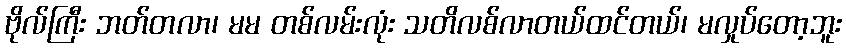
ဗိုလ်ကြီး ဘတ်တလာ၊ မမ တစ်လမ်းလုံး သတိလစ်လာတယ်ထင်တယ်၊ မလှုပ်တော့ဘူး